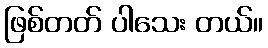
ဖြစ်တတ် ပါသေး တယ်။